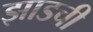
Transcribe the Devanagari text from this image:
झाडची